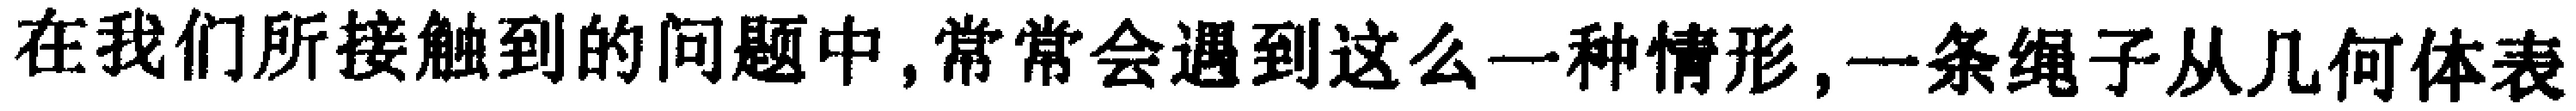
在我们所接触到的问题中,常常会遇到这么一种情形,一条绳子从几何体表